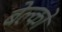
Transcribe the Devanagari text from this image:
बेल्को